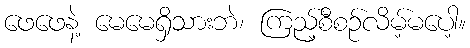
ဖေဖေနဲ့ မေမေရှိသားဘဲ၊ ကြည့်စီစဉ်လိမ့်မပေါ့။